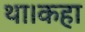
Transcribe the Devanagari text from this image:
था।कहा